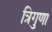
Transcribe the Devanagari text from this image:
त्रिगुणा